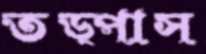
তড়্‌পাস